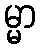
မ္မာ